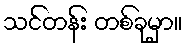
သင်တန်း တစ်ခုမှာ။